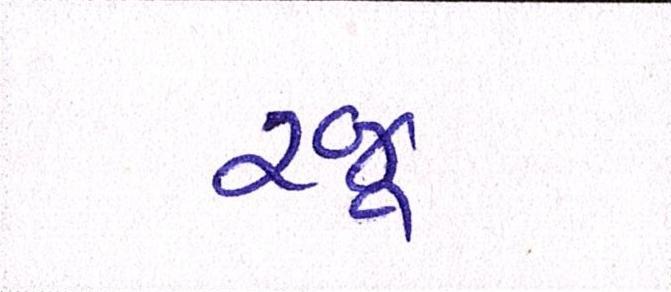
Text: રજૂ